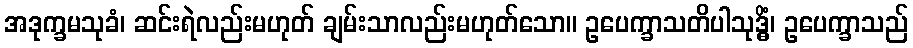
အဒုက္ခမသုခံ၊ ဆင်းရဲလည်းမဟုတ် ချမ်းသာလည်းမဟုတ်သော။ ဥပေက္ခာသတိပါသုဒ္ဓိံ၊ ဥပေက္ခာသည်